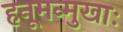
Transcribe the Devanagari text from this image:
हनूमन्मुखाः